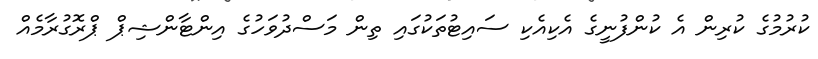
ކުރުމުގެ ކުރިން އެ ކުންފުނީގެ އެކިއެކި ސައިޓުތަކުގައި ތިން މަސްދުވަހުގެ އިންޓާންޝިޕް ޕްރޮގުރާމެއް